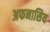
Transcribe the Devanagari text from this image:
अफनासिय